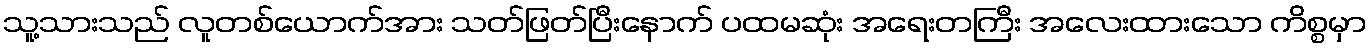
သူ့သားသည် လူတစ်ယောက်အား သတ်ဖြတ်ပြီးနောက် ပထမဆုံး အရေးတကြီး အလေးထားသော ကိစ္စမှာ